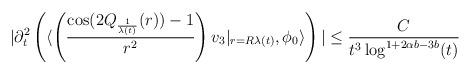
LaTeX: \begin{align*} |\partial_{t}^{2}\left(\langle\left(\frac{\cos(2Q_{\frac{1}{\lambda(t)}}(r))-1}{r^{2}}\right)v_{3}\vert_{r=R\lambda(t)}, \phi_{0}\rangle\right)| \leq \frac{C}{t^{3}\log^{1+2\alpha b-3b}(t)}\end{align*}